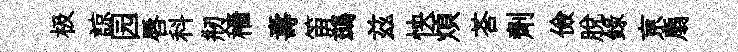
极諒园唇科剏穡夀笛鷀兹怏煩荅劑儉脫録亰扇